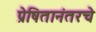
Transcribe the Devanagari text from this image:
प्रेषितानंतरचे